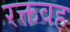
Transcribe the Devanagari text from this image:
रक्तवह